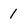
Character: 1